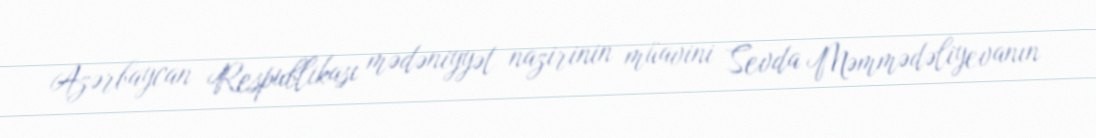
Azərbaycan Respublikası mədəniyyət nazirinin müavini Sevda Məmmədəliyevanın